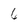
Character: 6